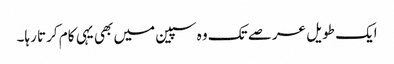
ایک طویل عرصے تک وہ سپین میں بھی یہی کام کرتا رہا۔